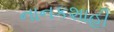
નાનકશાહી